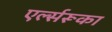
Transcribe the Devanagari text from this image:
एर्ल्सरूका